Annual administration report of the Civil Veterinary Department of India - 1893-1894
Year: 1893
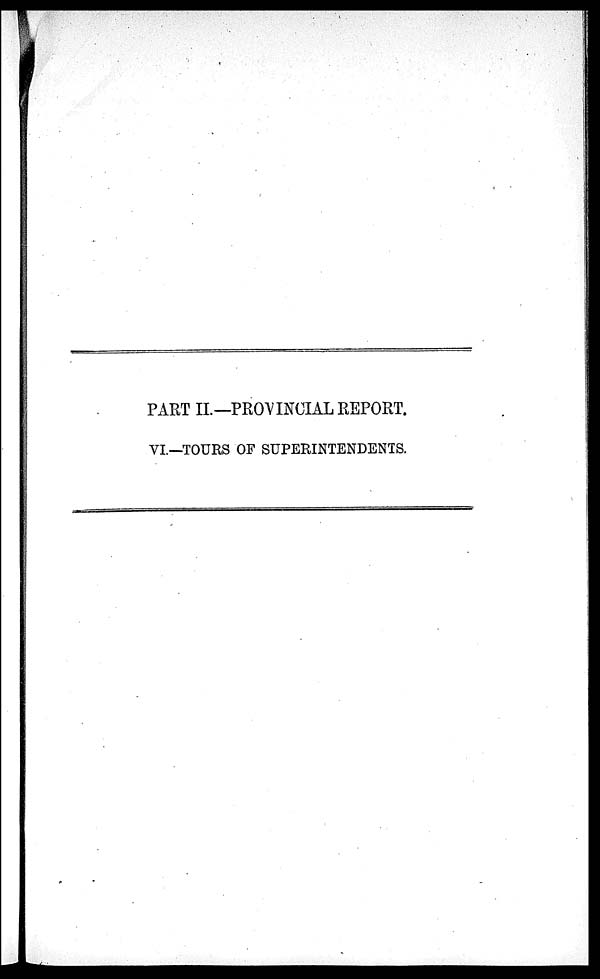
PART II.—PROVINCIAL REPORT.
VI.—TOURS OF SUPERINTENDENTS.